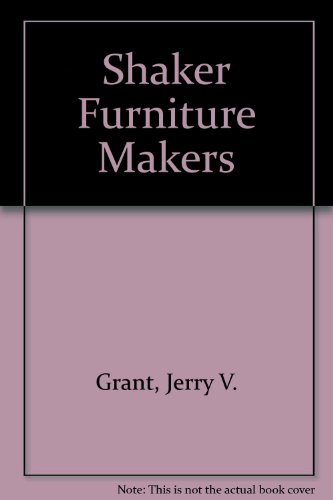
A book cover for Shaker Furniture Makers; Jerry V. Grant; Christian Books & Bibles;